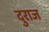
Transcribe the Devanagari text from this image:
दुराज